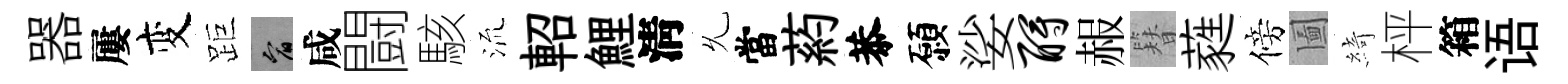
器屢变距宥咸闘駭𣴑軺鯉淸𠃔當葯恭願娑酹赧簪蕤傍圗綺枰箱语